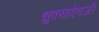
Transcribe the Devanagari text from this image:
धुक्याऐवजी